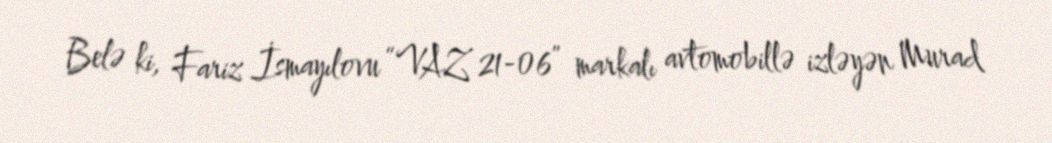
Belə ki, Fariz İsmayılovu “VAZ 21-06” markalı avtomobillə izləyən Murad